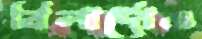
বিলার্দোও